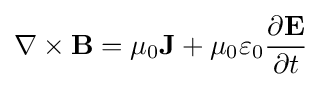
\nabla \times \mathbf {B} =\mu _{0}\mathbf {J} +\mu _{0}\varepsilon _{0}{\frac {\partial \mathbf {E} }{\partial t}}